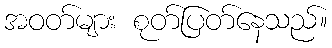
အဝတ်များ စုတ်ပြတ်နေသည်။